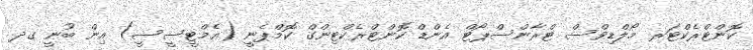
ކޮންޓްރެކްޓަރ މޯލްޑިވްސް ޓްރާންސްޕޯޓް އެންޑް ކޮންޓްރެކްޓިންގް ކޮމްޕެނީ (އެމްޓީސީސީ) އިން ބުނީ ގދ